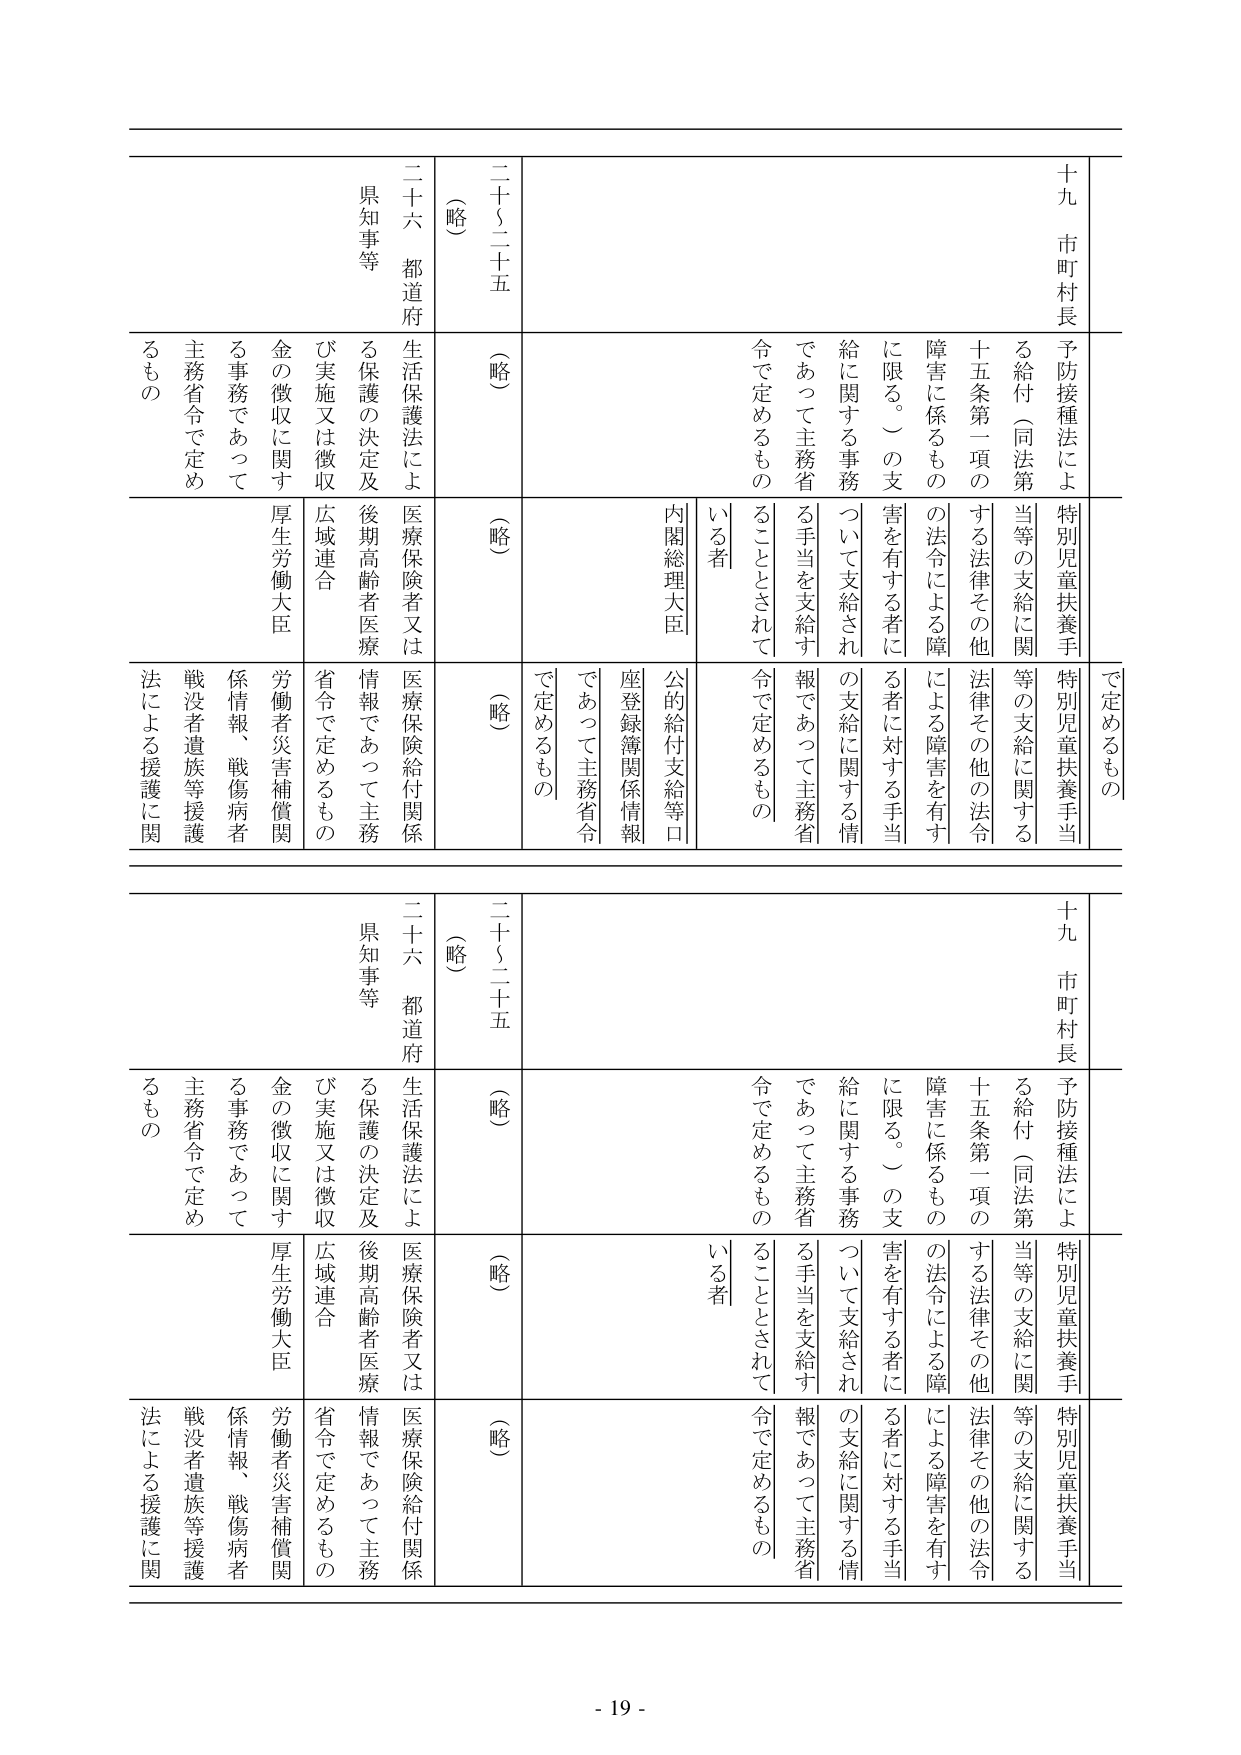
十九 市町村長
予防接種法による給付（同法第十五条第一項の障害に係るものに限る。）の支給に関する事務であって主務省令で定めるもの
特別児童扶養手当等の支給に関する法律その他の法令による障害を有する者に対する手当の支給に関する情報であって主務省令で定めるもの
内閣総理大臣
公的給付支給等口座登録簿関係情報であって主務省令で定めるもの
（略）
（略）
（略）
二十六 都道府県知事等
生活保護法による保護の決定及び実施又は徴収金の徴収に関する事務であって主務省令で定めるもの
医療保険者又は医療保険給付関係情報であって主務省令で定めるもの
広域連合
労働者災害補償関係情報、戦傷病者戦没者遺族等援護法による援護に関する事務であって主務省令で定めるもの
厚生労働大臣

十九 市町村長
予防接種法による給付（同法第十五条第一項の障害に係るものに限る。）の支給に関する事務であって主務省令で定めるもの
特別児童扶養手当等の支給に関する法律その他の法令による障害を有する者に対する手当の支給に関する情報であって主務省令で定めるもの
内閣総理大臣
公的給付支給等口座登録簿関係情報であって主務省令で定めるもの
（略）
（略）
（略）
二十六 都道府県知事等
生活保護法による保護の決定及び実施又は徴収金の徴収に関する事務であって主務省令で定めるもの
医療保険者又は医療保険給付関係情報であって主務省令で定めるもの
広域連合
労働者災害補償関係情報、戦傷病者戦没者遺族等援護法による援護に関する事務であって主務省令で定めるもの
厚生労働大臣

- 19 -